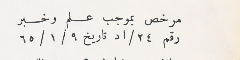
مرخص بموجب علم وخبر رقم ٢٤/اد تاريخ ٩/ ١/ ٦٥